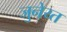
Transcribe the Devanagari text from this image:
जुनेय्त